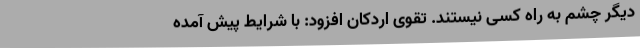
دیگر چشم‌ به‌ راه کسی نیستند. تقوی اردکان افزود: با شرایط پیش آمده